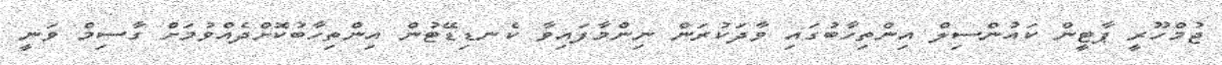
ޖުމްހޫރީ ޕާޓީން ކައުންސިލް އިންތިހާބުގައި ވާދަކުރަން ނިންމާފައިވާ ކެނޑިޑޭޓުން އިންތިހާބުކޮށްދެއްވުމަށް ގާސިމް ވަނީ